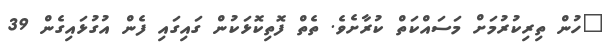
ހުން ތިރިކުރުމަށް މަސައްކަތް ކުރާށެވެ. ތެތް ފޮތިކޮޅަކުން ގައިގައި ފެން އުގުޅައިގެން 39